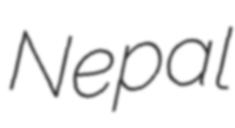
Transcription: Nepal